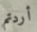
أردتم